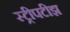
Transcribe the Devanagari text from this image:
स्ट्रीपटीझ